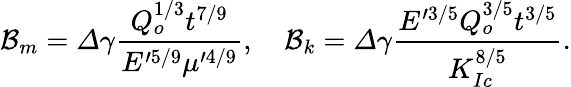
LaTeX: \mathcal{B}_{m}=\varDelta\gamma\frac{Q_{o}^{1/3}t^{7/9}}{E^{\prime 5/9}\mu^{\prime 4/9}},\quad\mathcal{B}_{k}=\varDelta\gamma\frac{E^{\prime 3/5}Q_{o}^{3/5}t^{3/5}}{K_{Ic}^{8/5}}.